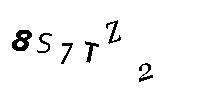
8S7TZ2